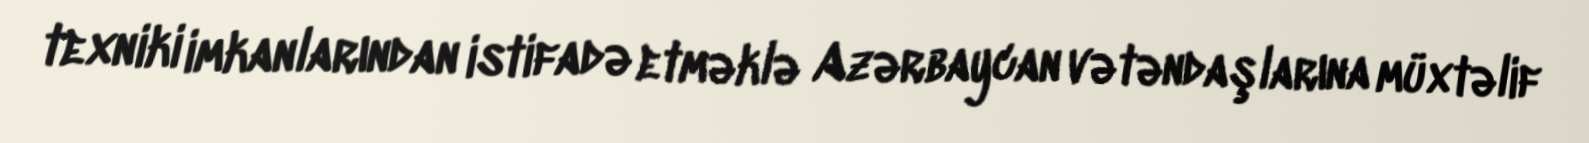
texniki imkanlarından istifadə etməklə Azərbaycan vətəndaşlarına müxtəlif